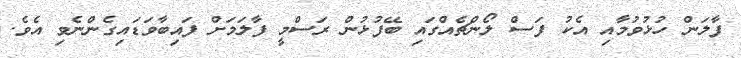
ފާލަން ހުޅުވުމާއި އެކު ފަސް ލޯންޗެއްގައި ބޭފުޅުން ރަސްމީ ފާލަމަށް ފައިބާވަޑައިގެންނެވި އެވެ.